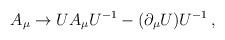
LaTeX: \begin{align*}A_\mu \rightarrow UA_\mu U^{-1}-(\partial _\mu U)U^{-1}\,{,}\end{align*}